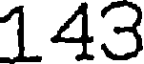
143